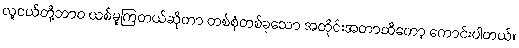
လူငယ်တို့ဘာဝ ယစ်မူကြတယ်ဆိုတာ တစ်စုံတစ်ခုသော အတိုင်းအတာထိတော့ ကောင်းပါတယ်။